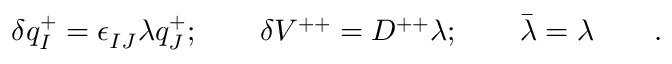
\delta q _ { I } ^ { + } = \epsilon _ { I J } \lambda q _ { J } ^ { + } ; \qquad \delta V ^ { + + } = D ^ { + + } \lambda ; \qquad \bar { \lambda } = \lambda \qquad .